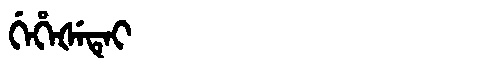
Manchu: ᡤᡝᡥᡝᡧᡝᡨᡝᡳ
Romanization: GEHEŠETEI